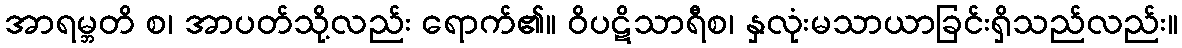
အာရမ္ဘတိ စ၊ အာပတ်သို့လည်း ရောက်၏။ ဝိပဋိသာရီစ၊ နှလုံးမသာယာခြင်းရှိသည်လည်း။